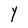
Character: Y